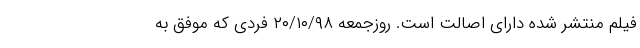
فیلم منتشر شده دارای اصالت است. روزجمعه ۲۰/۱۰/۹۸ فردی که موفق به